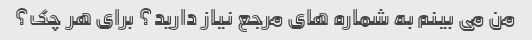
من می بینم به شماره های مرجع نیاز دارید؟ برای هر چک؟